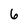
Character: 6